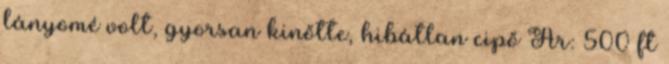
lányomé volt, gyorsan kinőtte, hibátlan cipő Ár: 500 ft